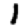
Digit: 1